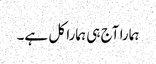
ہمارا آج ہی ہمارا کل ہے۔